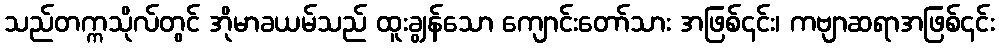
သည်တက္ကသိုလ်တွင် အိုမာခယမ်သည် ထူးချွန်သော ကျောင်းတော်သား အဖြစ်၎င်း၊ ကဗျာဆရာအဖြစ်၎င်း